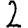
Digit: 2